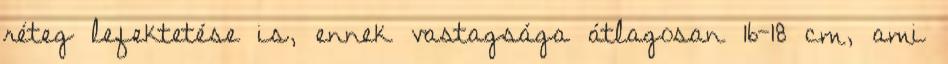
réteg lefektetése is, ennek vastagsága átlagosan 16-18 cm, ami